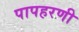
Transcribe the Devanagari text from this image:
पापहरणी